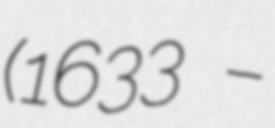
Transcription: (1633 –